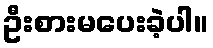
ဦးစားမပေးခဲ့ပါ။